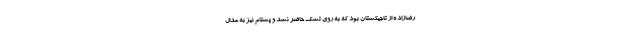
رضازاده از تاجیکستان بود که به روی تشک حاضر نشد و پشتام نیز به مدال